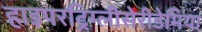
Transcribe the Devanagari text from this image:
हाइपरट्रिग्लीसेरीडेमिया